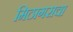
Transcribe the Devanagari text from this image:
मिठागराचा